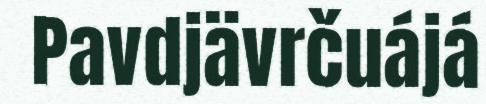
Pavdjävrčuájá